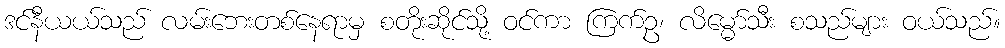
ဒင်နီယယ်သည် လမ်းဘေးတစ်နေရာမှ စတိုးဆိုင်သို့ ဝင်ကာ ကြက်ဥ၊ လိမ္မော်သီး စသည်များ ဝယ်သည်။